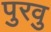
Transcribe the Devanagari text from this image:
पुरवु